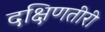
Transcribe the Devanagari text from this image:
दक्षिणतीरी